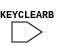
///////////////////////////////////////////////////////////////////////////////
// Copyright (c) 1995/2004 Xilinx, Inc.
// All Right Reserved.
///////////////////////////////////////////////////////////////////////////////
//   ____  ____
//  /   /\/   /
// /___/  \  /    Vendor : Xilinx
// \   \   \/     Version : 10.1
//  \   \         Description : Xilinx Functional Simulation Library Component
//  /   /
// /___/   /\     Filename : KEY_CLEAR.v 
// \   \  /  \    Timestamp : Wed Aug 17 16:23:43 PDT 2005
//  \___\/\___\
//
// Revision:
//    08/17/05 - Initial version.
// End Revision

`timescale 1 ps / 1 ps 

module KEY_CLEAR (
	KEYCLEARB
);

input KEYCLEARB;

specify
	specparam PATHPULSE$ = 0;
endspecify

endmodule